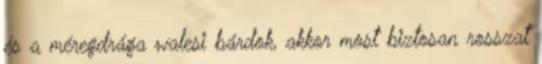
és a méregdrága walesi bárdok, akkor most biztosan rosszat